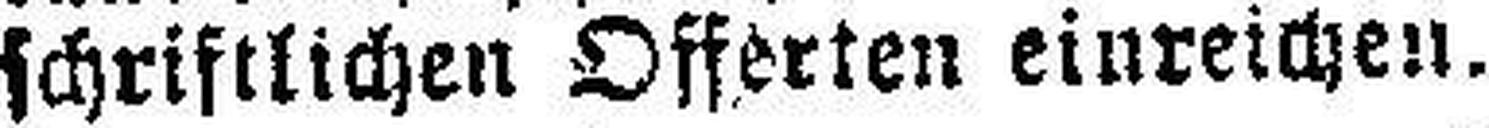
schriftlichen Offerten einreichen.